Investigations into the jail dietaries of the United Provinces with some observations on the influence of dietary on the physical development and well-being of the people of the United Provinces - Number 48
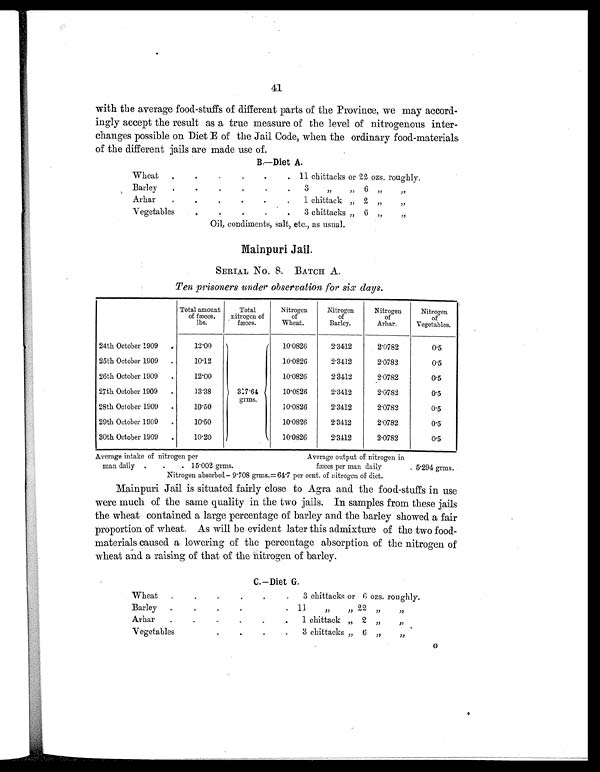
41
with the average food-stuffs of different parts of the Province, we may accord-
ingly accept the result as a true measure of the level of nitrogenous inter-
changes possible on Diet E of the Jail Code, when the ordinary food-materials
of the different jails are made use of.
B.—Diet A.
Wheat .
.
.
. .
. 11 chittacks or 22 ozs. roughly.
Barley
. .
.
.
.
. 3 „ „ 6 „ „
Arhar
. .
.
.
.
. 1 chittack „ 2 „ „
Vegetables
.
.
.
.
. 3 c h i t t a c k s „ 6 „ „
Oil, condiments, salt, etc., as usual.
Mainpuri Jail.
SERIAL No. 8. BATCH A.
Ten prisoners under observation for six days.
Total amount
of fæces.
lbs.
Total
nitrogen of
fæces.
Nitrogen
of
Wheat.
Nitrogen
of
Barley.
Nitrogen
of
Arhar.
Nitrogen
of
Vegetables.
24th October 1909 .
12.00
317.64
gr ms .
10.0826
2. 3412
2.0782
0.5
25th October 1909 .
10.12
10.0826
2.3412
2.0782
0.5
26th October 1909 .
12.00
10.0826
2. 3412
2.0782
0.5
27th October 1909 .
13.38
10.0826
2.3412
2.0782
0.5
28th October 1909 .
10.50
10. 0826
2.3412
2.0782
0.5
29th October 1909 .
10.50
10.0826
2. 3412
2.0782
0.5
30th October 1909 .
10.20
10.0826
2. 3412
2.0782
0.5
Average intake of nitrogen per
Average output of nitrogen in
man daily . . . 1 5 . 0 0 2 g r m s .
fæces per man daily
. 5.294 grms.
Nitrogen absorbed— 9.708 grms.=64.7 per cent. of nitrogen of diet.
Mainpuri Jail is situated fairly close to Agra and the food-stuffs in use
were much of the same quality in the two jails. In samples from these jails
the wheat contained a large percentage of barley and the barley showed a fair
proportion of wheat. As will be evident later this admixture of the two food-
materials caused a lowering of the percentage absorption of the nitrogen of
wheat and a raising of that of the nitrogen of barley.
C.—Diet G.
Wheat
.
.
.
. . . 3 chittacks or 6 ozs. roughly.
Barley
. .
.
.
. . 11 „ „ 22
„ „
Arhar .
.
. .
.
. 1 chittack „ 2 „ „
Vegetables
.
. . . 3 chittacks „ 6 „ „
G